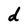
Character: d